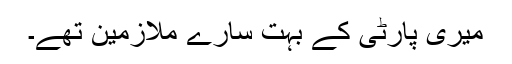
میری پارٹی کے بہت سارے ملازمین تھے۔